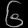
Digit: ၆